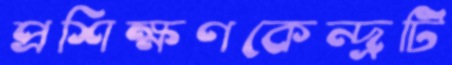
প্রশিক্ষণকেন্দ্রটি